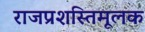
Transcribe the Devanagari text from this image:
राजप्रशस्तिमूलक